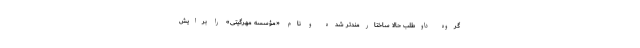
گروهِ داوطلب حالا ساختارمندتر شده و نامِ «مؤسسه مهرگیتی» را برایش